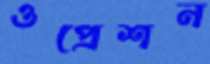
ওপ্রেশন